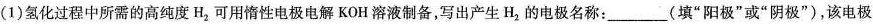
(1)氢化过程中所需的高纯度H_{2}可用惰性电极电解KOH溶液制备，写出产生H_{2}的电极名称：___(填”阳极”或”阴极”)，该电极